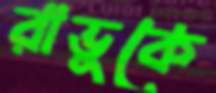
রাভুকে